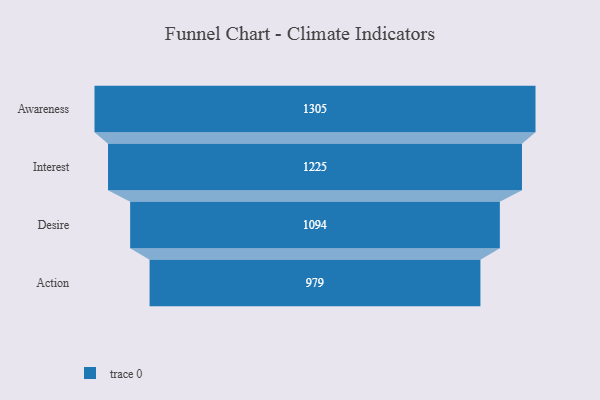
{"axis": {"x": "Stage", "y": "Value"}, "legend": [""], "data": [{"x": "Awareness", "y": 1305.0, "type": ""}, {"x": "Interest", "y": 1225.0, "type": ""}, {"x": "Desire", "y": 1094.0, "type": ""}, {"x": "Action", "y": 979.0, "type": ""}]}